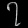
Digit: ၇